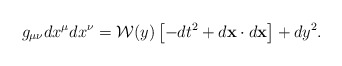
\begin{align*}g_{\mu\nu}dx^{\mu}dx^{\nu}={\cal W}(y)\left[-dt^2+d{\bf x}\cdot d{\bf x}\right]+dy^2.\end{align*}